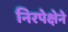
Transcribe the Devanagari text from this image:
निरपेक्षेने